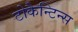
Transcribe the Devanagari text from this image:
टोकैन्टिन्स